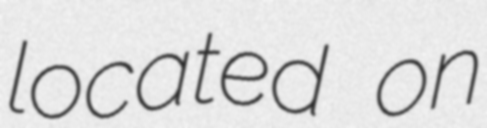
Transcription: located on